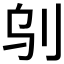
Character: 𠛆